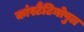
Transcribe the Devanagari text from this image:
कांस्टैंटिनोपुल